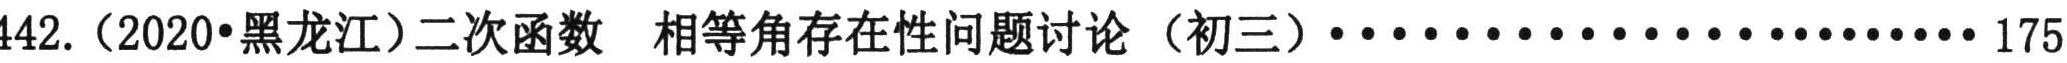
442.（2020•黑龙江）二次函数 相等角存在性问题讨论（初三）······························ 175